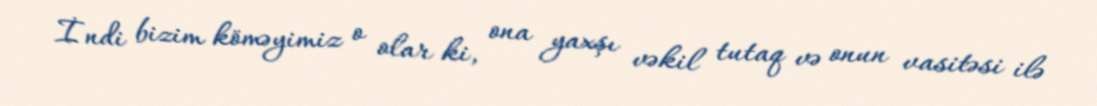
İndi bizim köməyimiz o olar ki, ona yaxşı vəkil tutaq və onun vasitəsi ilə